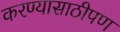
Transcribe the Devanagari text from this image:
करण्यासाठीपण